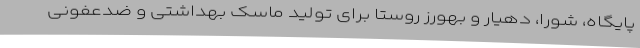
پایگاه، شورا، دهیار و بهورز روستا برای تولید ماسک بهداشتی و ضدعفونی